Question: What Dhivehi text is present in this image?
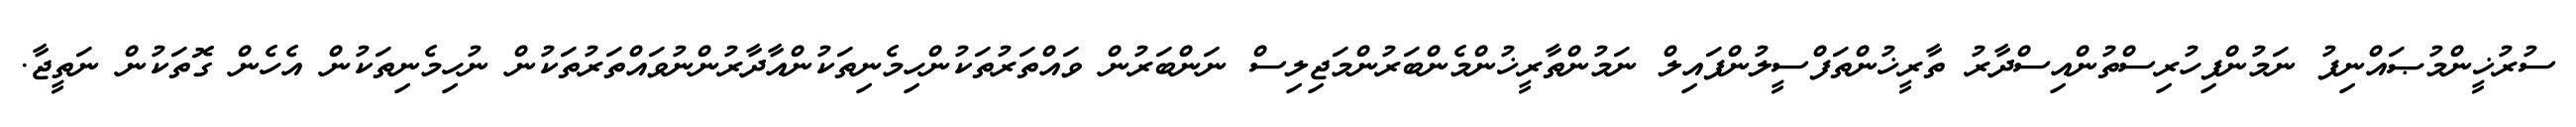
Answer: ސުރުޚީންމުޞައްނިފު ނަމުންފިހުރިސްތުންއިސްދާރު ތާރީޚުންތަފްސީލުންފައިލް ނަމުންތާރީޚުންމެންބަރުންމަޖިލިސް ނަންބަރުން ވައްތަރުތަކުންހިމެނިތަކުންއާދާރުންނުވައްތަރުތަކުން ނުހިމެނިތަކުން އެހެން ގޮތަކުން ނަތީޖާ.